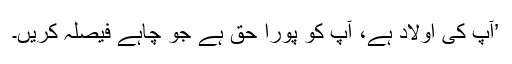
’آپ کی اولاد ہے، آپ کو پورا حق ہے جو چاہے فیصلہ کریں۔